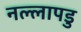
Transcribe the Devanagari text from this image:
नल्‍लापडु